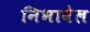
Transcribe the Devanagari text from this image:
निभावेल